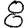
Digit: 8